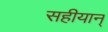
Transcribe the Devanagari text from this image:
सहीयान्